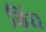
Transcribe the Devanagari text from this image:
बिंध